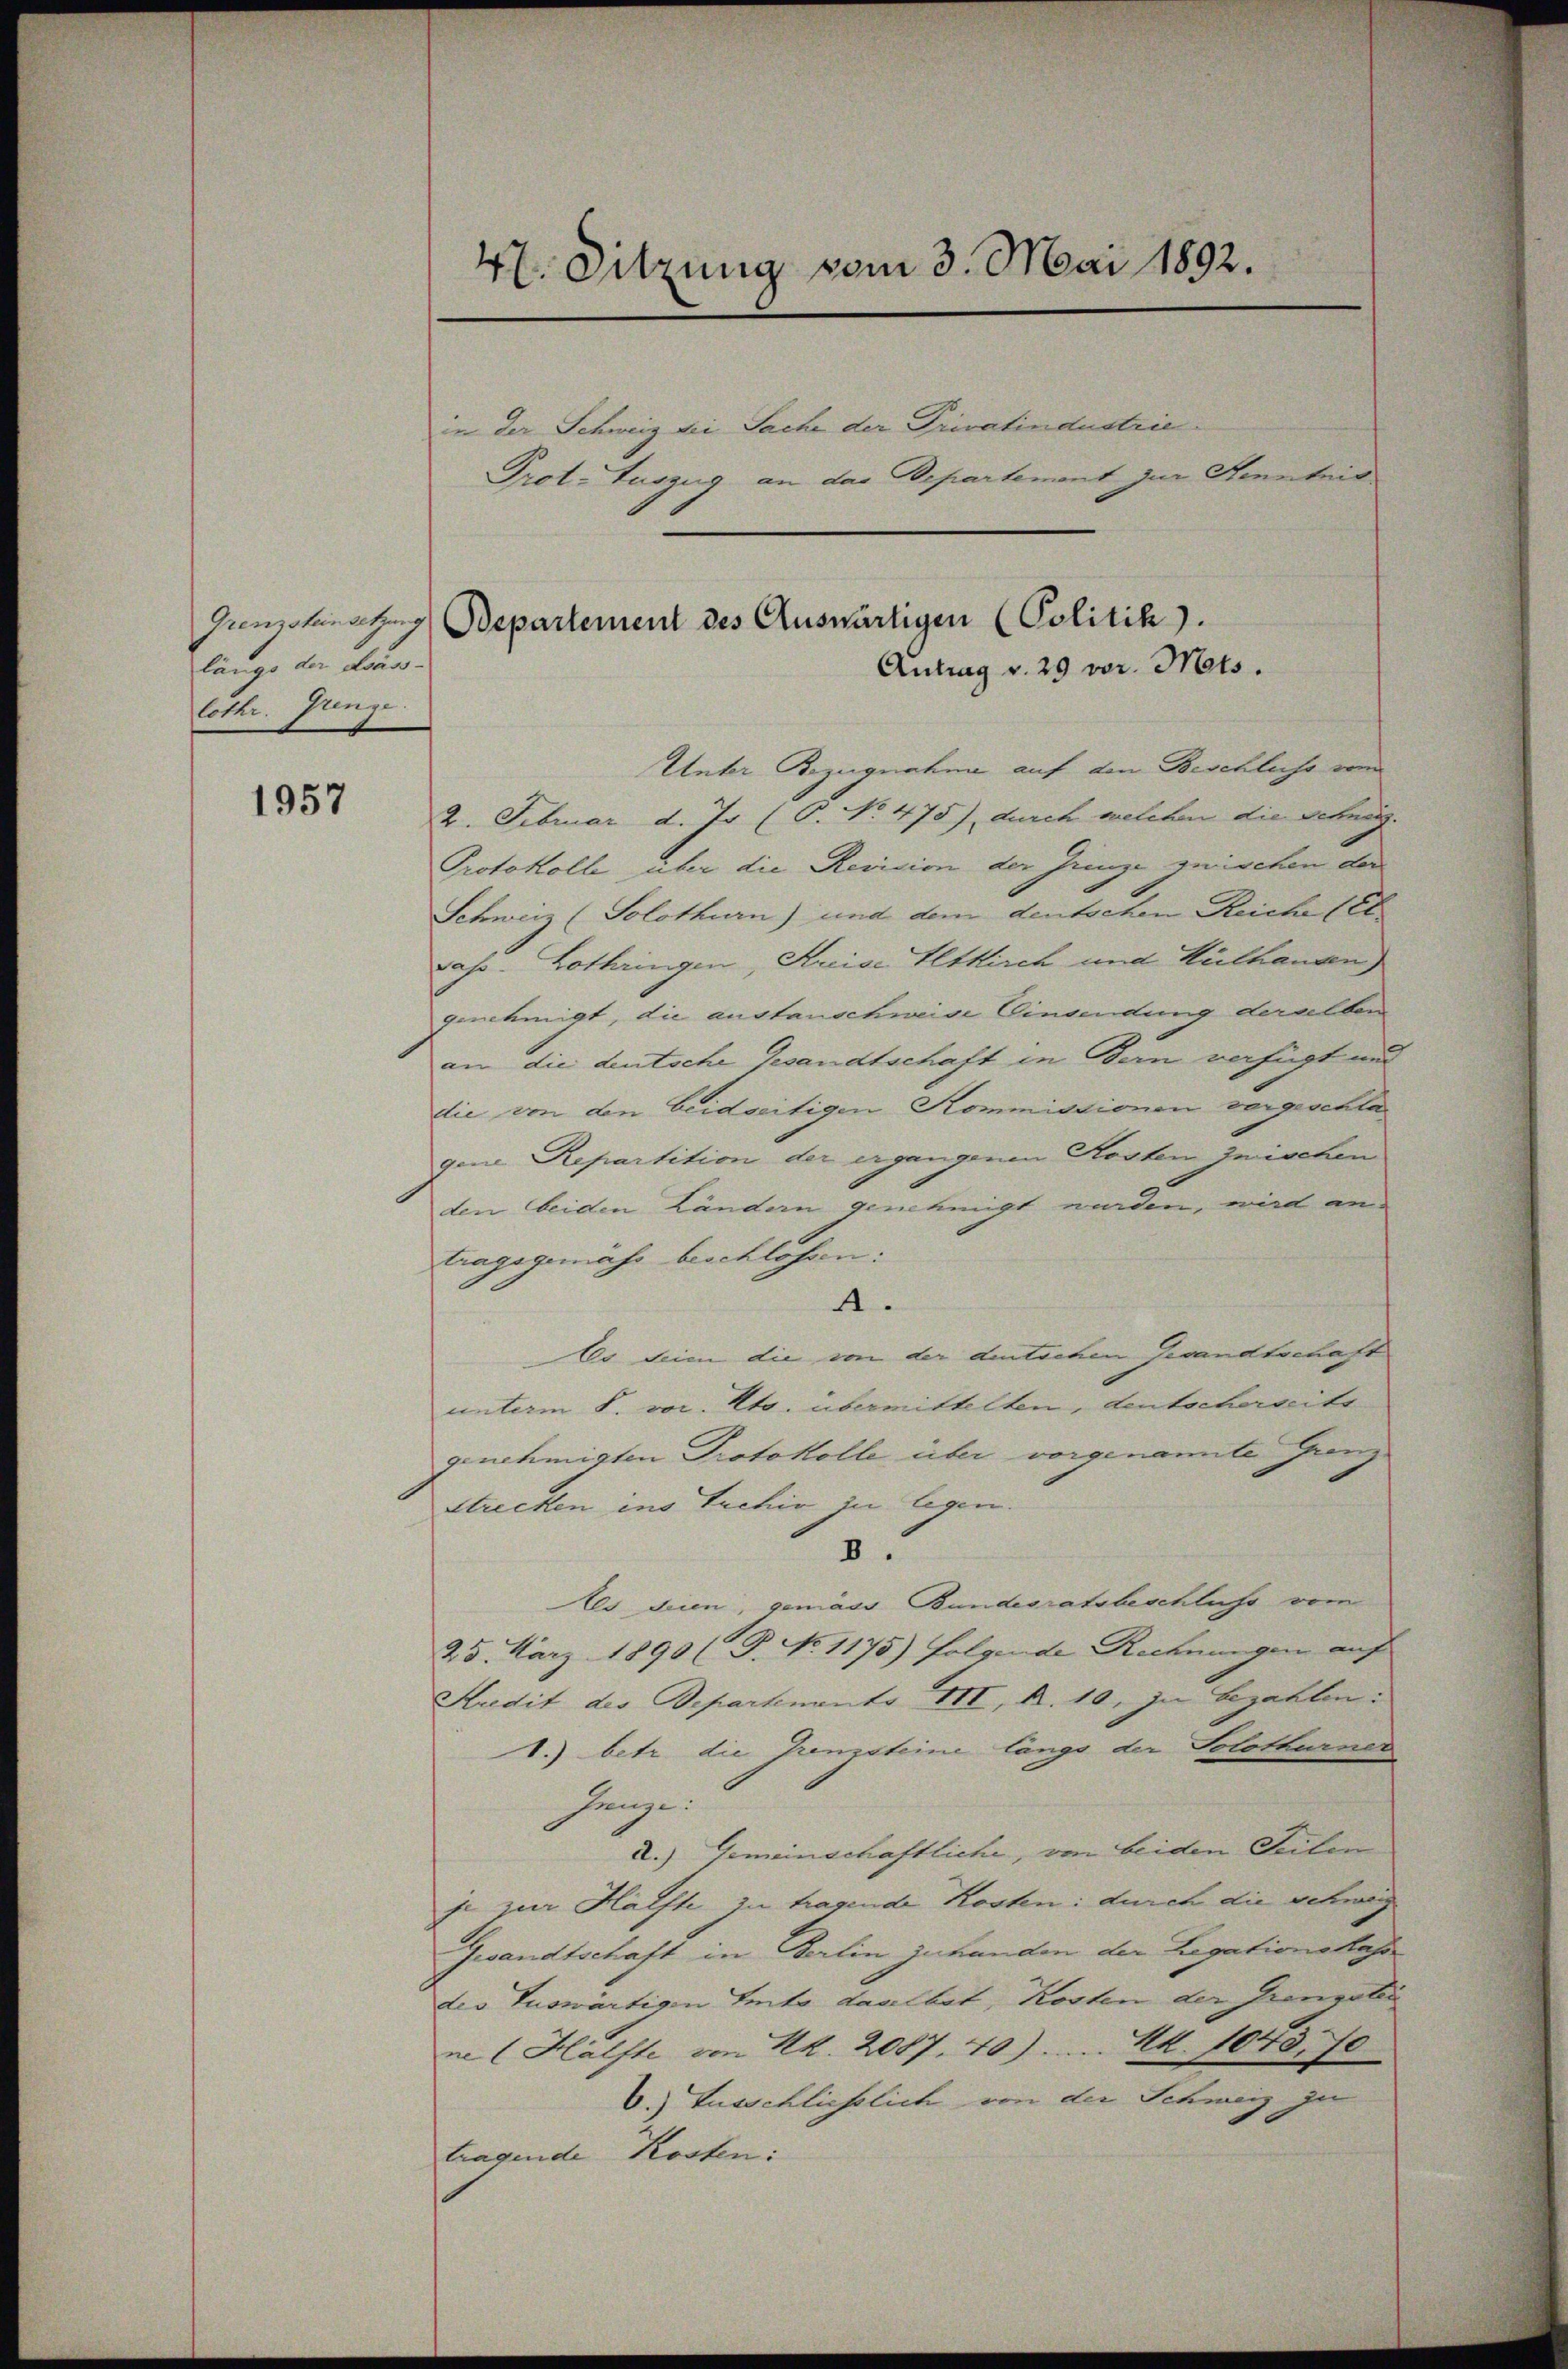
Grenzsteinsetzung
längs der Käss-
lothr. Grenze.

1957

47. Sitzung vom 3. Mai 1892.

in der Schweiz die Sache der Privatindustrie¬

Departement des Auswärtigen (Politik.

Antrag v. 29 vor. Mts.
Unter Bezugnahme auf den Beschliche und
2. Februar d. J. (C. No. 475) durch welchen die Schweiz.
Protokolle über die Revision der Grenze zwischen der
Schweiz (Solothurn) und dem deutschen Reiche (El
Jass. Lothringen, Kreise Altkirch und Hülhausen)
genehmigt, die austanschweine Einsendung derselben
an die deutsche Gesandtschaft in Bern verfügt und
die von den beidseitigen Kommissionen vergeschlagene Repartition der ergangenen Kosten zwischen
den beiden Ländern genehmigt werden, wird an
tragsgemäss beschlossen:
4.
Es sein die von der deutschen Gesandtschaft
unterm 8. vor. Mts. übermittelten, deutscherseits
genehmigten Protokolle über vorgenamte Grenz¬
Strecken ins Tuchiv zu legen.
8.
Als dieen, gemäss Bundesratsbeschluss vom
25. März 1890 (T. No. 1175) folgende Rechnungen auf
Kredit des Departements III, R. 10. In bezahlen:
1.) betr. die Gremsteine längs der Solothurner
henze.
2.) Gemeinschaftliche, von beiden Teilen
je zur Hälfte zu tragende Kosten: durch die Schwag
Gesandtschaft in Berlin zuhanden der Legationskasse
der Tuswärtigen Tento daselbst, Kosten der Grenzelei
ne Hälfte von Kk. 2087. 70) .... Mk. 1043. 70
6.) Ausschliesslich von der Schweiz zu
tragende Kosten: